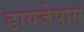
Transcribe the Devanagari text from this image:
डायजे़पाम